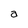
Character: a